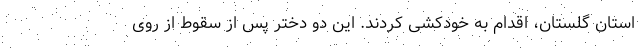
استان گلستان، اقدام به خودکشی کردند. این دو دختر پس از سقوط از روی